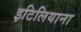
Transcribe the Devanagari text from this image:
इटिलियाना